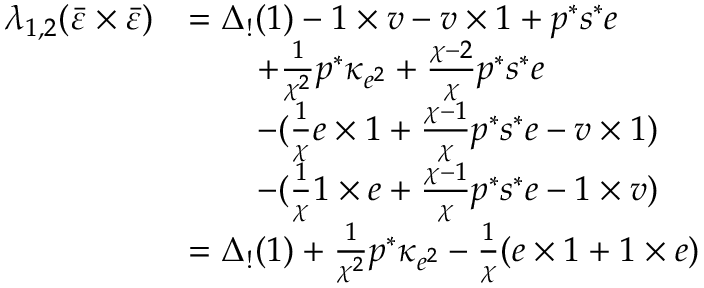
\begin{array} { r l } { \lambda _ { 1 , 2 } ( \bar { \varepsilon } \times \bar { \varepsilon } ) } & { = \Delta _ { ! } ( 1 ) - 1 \times v - v \times 1 + p ^ { * } s ^ { * } e } \\ & { \quad \quad + \frac { 1 } { \chi ^ { 2 } } p ^ { * } \kappa _ { e ^ { 2 } } + \frac { \chi - 2 } { \chi } p ^ { * } s ^ { * } e } \\ & { \quad \quad - ( \frac { 1 } { \chi } e \times 1 + \frac { \chi - 1 } { \chi } p ^ { * } s ^ { * } e - v \times 1 ) } \\ & { \quad \quad - ( \frac { 1 } { \chi } 1 \times e + \frac { \chi - 1 } { \chi } p ^ { * } s ^ { * } e - 1 \times v ) } \\ & { = \Delta _ { ! } ( 1 ) + \frac { 1 } { \chi ^ { 2 } } p ^ { * } \kappa _ { e ^ { 2 } } - \frac { 1 } { \chi } ( e \times 1 + 1 \times e ) } \end{array}